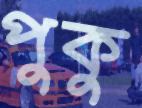
পুকু